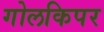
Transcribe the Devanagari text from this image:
गोलकिपर